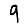
Digit: 9